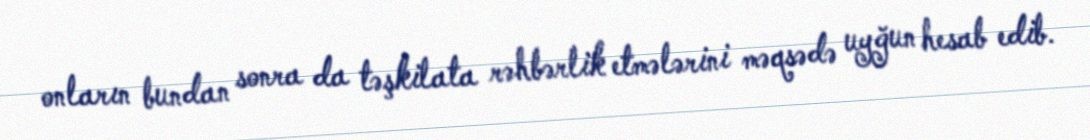
onların bundan sonra da təşkilata rəhbərlik etmələrini məqsədə uyğun hesab edib.